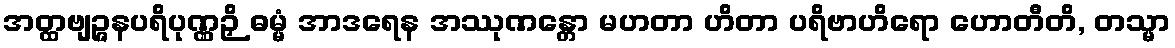
အတ္ထဗျဉ္ဇနပရိပုဏ္ဏဉှိ ဓမ္မံ အာဒရေန အဿုဏန္တော မဟတာ ဟိတာ ပရိဗာဟိရော ဟောတီတိ, တသ္မာ